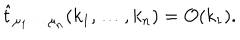
LaTeX: \hat { t } _ { \mu _ { 1 } \ldots \; \mu _ { n } } ( k _ { 1 } , \ldots , k _ { n } ) = { \cal O } ( k _ { 1 } ) .